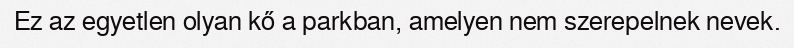
Ez az egyetlen olyan kő a parkban, amelyen nem szerepelnek nevek.